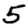
Digit: 5